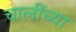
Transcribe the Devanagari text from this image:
चालींच्या